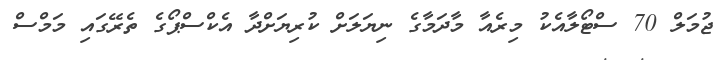
ޖުމަލް 70 ސްޓޯލާއެކު މިރެއާ މާދަމާގެ ނިޔަލަށް ކުރިޔަށްދާ އެކްސްޕޯގެ ތެރޭގައި މަމްސް